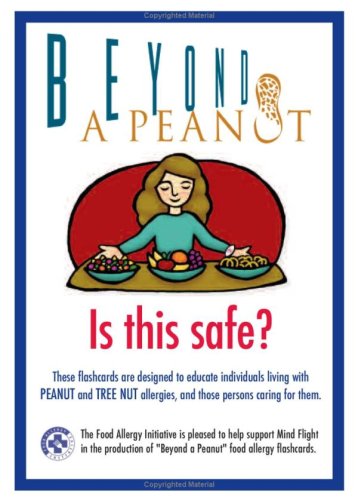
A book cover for Beyond a Peanut: Is This Safe?; Dina Clifford; Health, Fitness & Dieting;